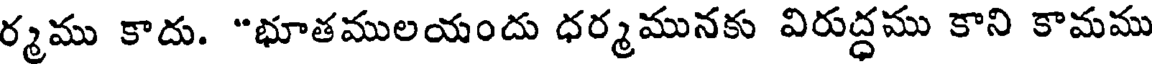
ర్మము కాదు. "భూతములయందు ధర్మమునకు విరుద్ధము కాని కామము